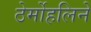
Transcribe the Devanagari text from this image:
ठेर्मोहलिने